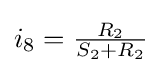
i_{8}={\tfrac {R_{2}}{S_{2}+R_{2}}}